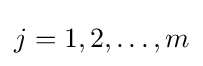
{\textstyle j=1,2,\dots ,m}